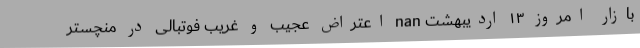
بازار امروز ۱۳ اردیبهشت nan اعتراض عجیب و غریب فوتبالی در منچستر